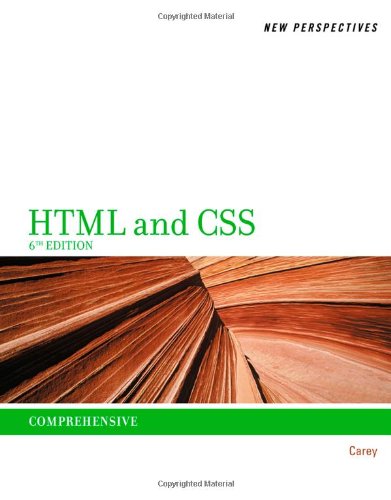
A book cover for New Perspectives on HTML and CSS: Comprehensive; Patrick M. Carey; Computers & Technology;